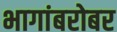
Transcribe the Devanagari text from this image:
भागांबरोबर